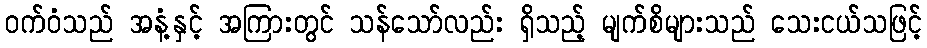
ဝက်ဝံသည် အနံ့နှင့် အကြားတွင် သန်သော်လည်း ရှိသည့် မျက်စိများသည် သေးငယ်သဖြင့်